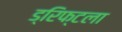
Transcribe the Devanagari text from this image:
ड्रिफ्टला